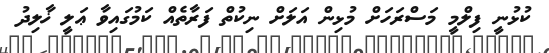
ކުޅުނީ ފިލްމީ މަސްރަހަށް މުޅިން އަލަށް ނިކުތް ފަރާތެއް ކަމުގައިވާ ޢަލީ ޚާލިދު